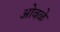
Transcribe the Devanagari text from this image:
ओवळे